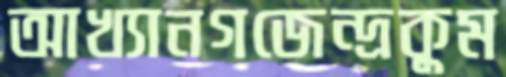
আখ্যানগজেন্দ্রকুম